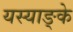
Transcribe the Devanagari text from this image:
यस्याङ्के